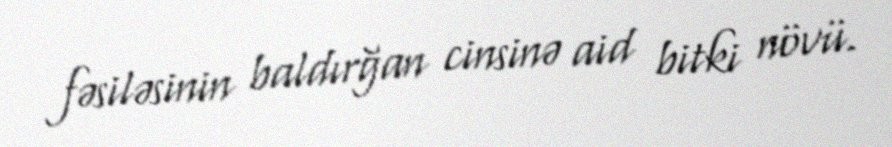
fəsiləsinin baldırğan cinsinə aid bitki növü.